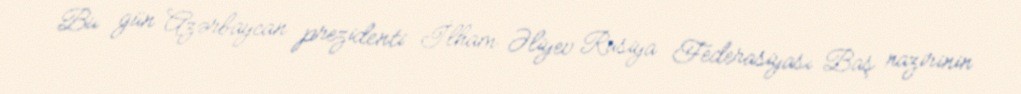
Bu gün Azərbaycan prezidenti İlham Əliyev Rusiya Federasiyası Baş nazirinin